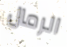
الرمال